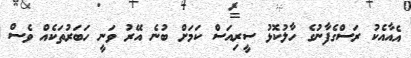
އެއާއެކު ރަސްގެފާނުގެ ހާލުކޮޅު ސީރިއަސް ކަމަށް ބުނެ އޭރު ވަނީ ހަބަރުތަކެއް ވެސް